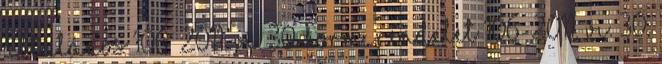
Általános 106 2011. VI. 30. Korm. rendelet 106 2011. VI. 30.